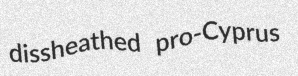
dissheathed pro-Cyprus